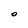
Character: O